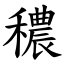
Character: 穠